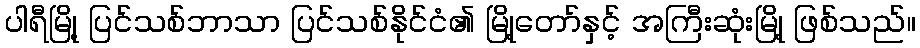
ပါရီမြို့ ပြင်သစ်ဘာသာ ပြင်သစ်နိုင်ငံ၏ မြို့တော်နှင့် အကြီးဆုံးမြို့ ဖြစ်သည်။